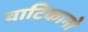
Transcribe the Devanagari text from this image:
वाटिकानो